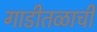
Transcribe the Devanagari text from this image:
गाडीतळाची